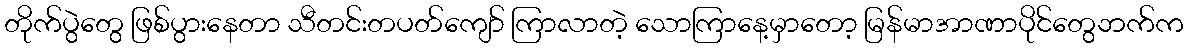
တိုက်ပွဲတွေ ဖြစ်ပွားနေတာ သီတင်းတပတ်ကျော် ကြာလာတဲ့ သောကြာနေ့မှာတော့ မြန်မာအာဏာပိုင်တွေဘက်က